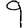
Digit: 9